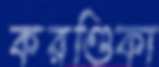
করণ্ডিকা